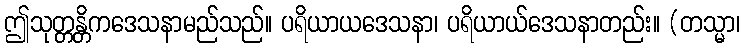
ဤသုတ္တန္တိကဒေသနာမည်သည်။ ပရိယာယဒေသနာ၊ ပရိယာယ်ဒေသနာတည်း။ (တသ္မာ၊